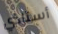
أستاذي